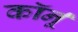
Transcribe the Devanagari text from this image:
कॉर्नू